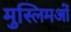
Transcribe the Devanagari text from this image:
मुस्लिमओं